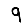
Digit: 9